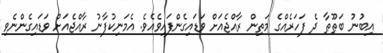
އިބުނު ބަޠޫޠާ ދެ ފަހަރެއްގެ މަތިން ރާއްޖެއަށް ވަޑައިގެންފައިވެއެވެ. އެމަނިކުފާނު ރާއްޖެއަށް ވަޑައިގެންނެވި